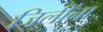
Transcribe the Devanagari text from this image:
जिलीना